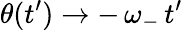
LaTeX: \theta(t^{\prime})\rightarrow-\, \omega_{-}\, t^{\prime}